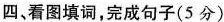
四、看图填词,完成句子(5 分)